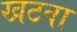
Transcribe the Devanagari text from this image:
खटवा